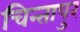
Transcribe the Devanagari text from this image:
चिन्तापुर